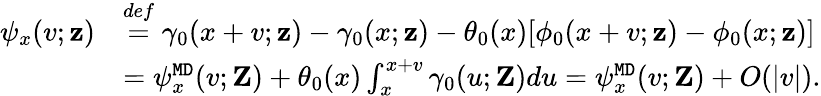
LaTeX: \begin{array}{rl}{\psi_{x}(v;\mathbf{z})}&{\overset{def}{=}\gamma_{0}(x+v;\mathbf{z})-\gamma_{0}(x;\mathbf{z})-\theta_{0}(x)[\phi_{0}(x+v;\mathbf{z})-\phi_{0}(x;\mathbf{z})]}\\ &{=\psi_{x}^{\mathtt{MD}}(v;\mathbf{Z})+\theta_{0}(x)\int_{x}^{x+v}\gamma_{0}(u;\mathbf{Z})du=\psi_{x}^{\mathtt{MD}}(v;\mathbf{Z})+O(|v|).}\end{array}